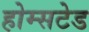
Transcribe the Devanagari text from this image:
होम्सटेड